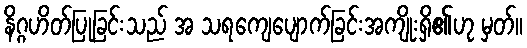
နိဂ္ဂဟိတ်ပြုခြင်းသည် အ သရကျေပျောက်ခြင်းအကျိုးရှိ၏ဟု မှတ်။